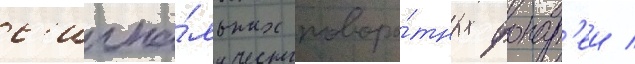
с'игна́льных поворо́тных фонар'еи /